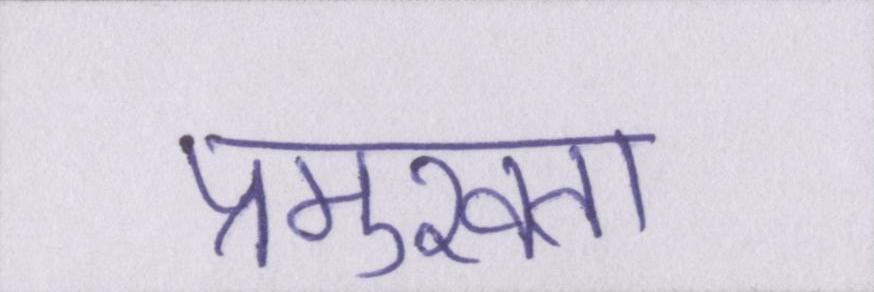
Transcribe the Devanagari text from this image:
प्रमुखता